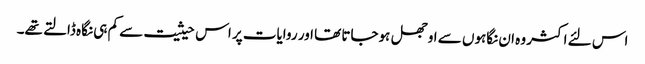
اس لئے اکثر وہ ان نگاہوں سے اوجھل ہوجاتا تھا اور روایات پر اس حیثیت سے کم ہی نگاہ ڈالتے تھے۔